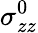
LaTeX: \sigma_{zz}^{0}